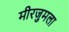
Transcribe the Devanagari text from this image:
मीरजुमला